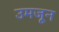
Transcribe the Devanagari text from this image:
उमजून